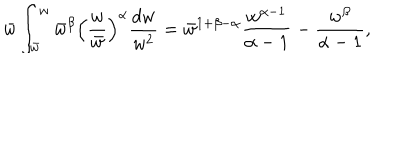
LaTeX: \bar { w } \int _ { \bar { w } } ^ { w } \bar { w } ^ { \beta } \left( { \frac { w } { \bar { w } } } \right) ^ { \alpha } { \frac { d w } { w ^ { 2 } } } = \bar { w } ^ { 1 + \beta - \alpha } { \frac { w ^ { \alpha - 1 } } { \alpha - 1 } } - { \frac { w ^ { \beta } } { \alpha - 1 } } ,